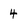
Character: 4